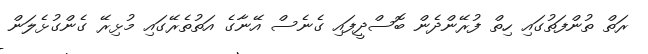
ރަތް ތުންފަތުގައި ހިތް ފުރޭންދެން ބޮސްދީފައި ގެނެސް އޭނާގެ އަތުތެރޭގައި މުޅިރޭ ގެންގުޅެލަން